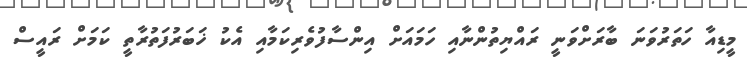
މީޑިއާ ހަތަރުވަނަ ބާރަށްވަނީ ރައްޔިތުންނާއި ހަމައަށް އިންސާފުވެރިކަމާއި އެކު ޚަބަރުފަތުރާތީ ކަމަށް ރައީސް